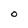
Character: O